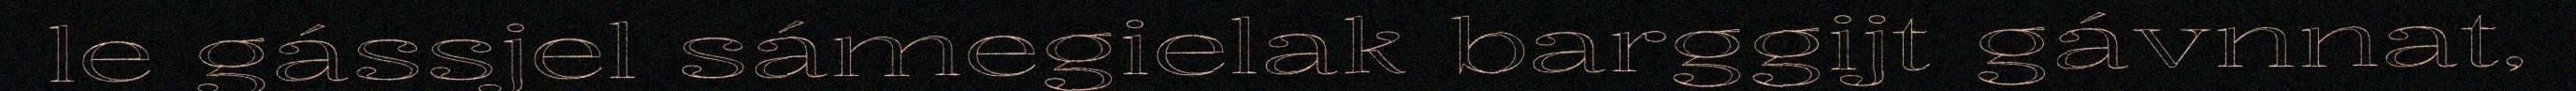
le gássjel sámegielak barggijt gávnnat,